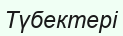
Түбектері